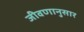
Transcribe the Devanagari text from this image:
जीवणानुसार